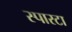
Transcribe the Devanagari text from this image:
स्पारटा